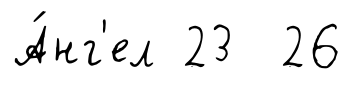
А́нг'ел 23 26